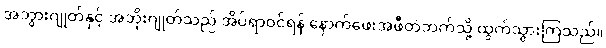
အဘွားဂျုတ်နှင့် အဘိုးဂျုတ်သည် အိပ်ရာဝင်ရန် နောက်ဖေးအဖီတဲဘက်သို့ ထွက်သွားကြသည်။